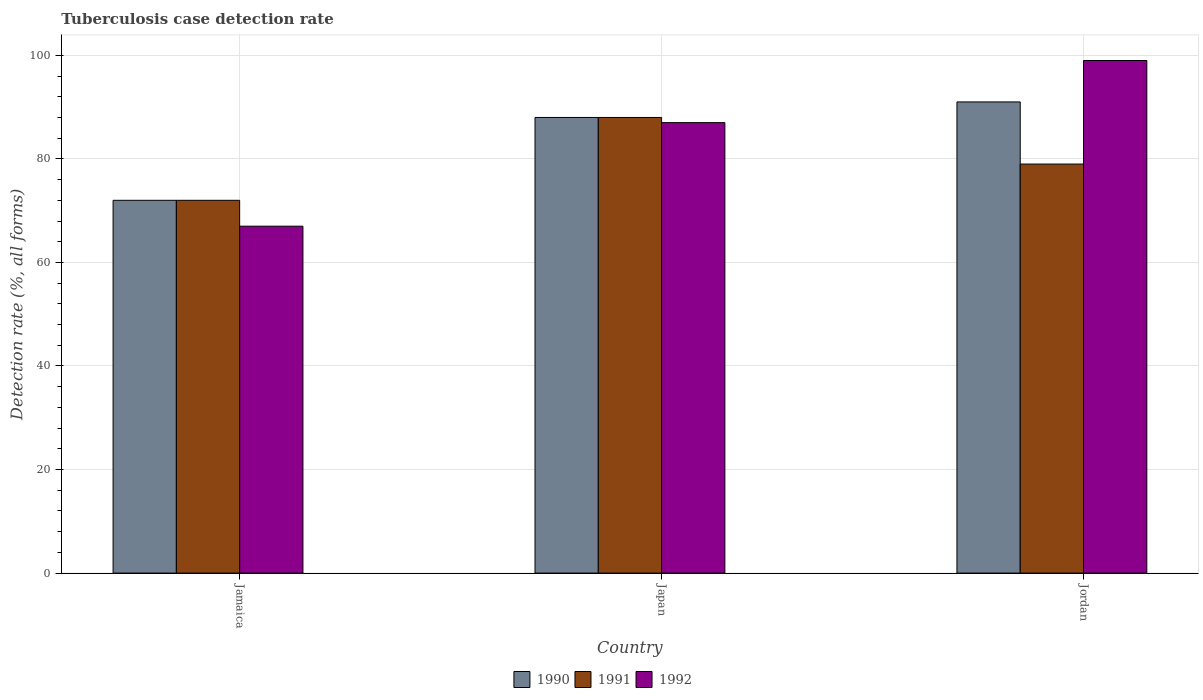
| Country | 1990 | 1991 | 1992 |
 | --- | --- | --- | --- |
 | Jamaica | 72 | 72 | 67 |
 | Japan | 88 | 88 | 87 |
 | Jordan | 91 | 79 | 99 |